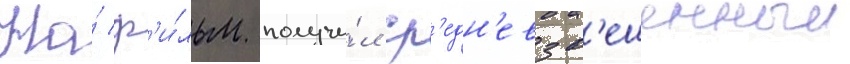
На́ ф'и́льм получи́л ср'едн'евзв'ешенныи